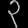
Digit: ၃